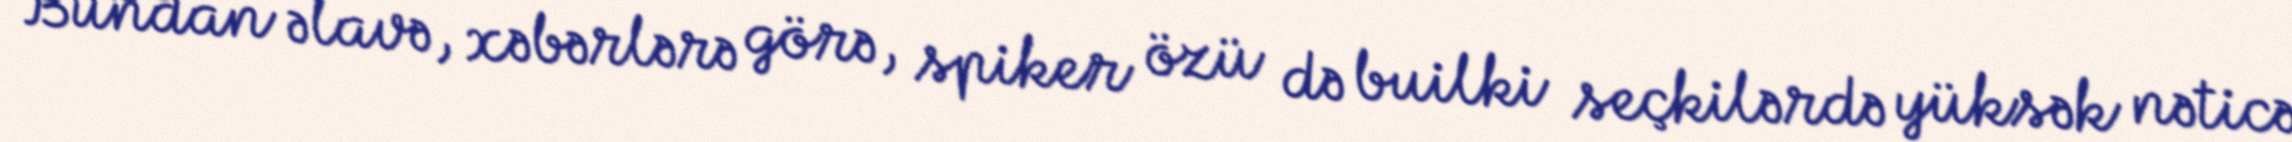
Bundan əlavə, xəbərlərə görə, spiker özü də builki seçkilərdə yüksək nəticə